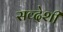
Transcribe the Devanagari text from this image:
सव्देशी